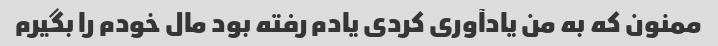
ممنون که به من یادآوری کردی یادم رفته بود مال خودم را بگیرم